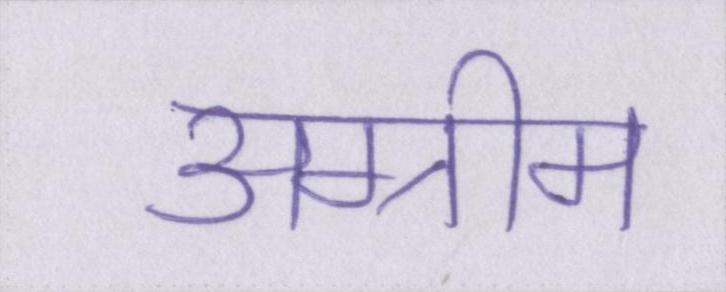
अग्रीम